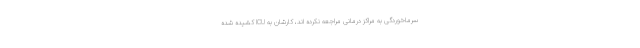
سرماخوردگی به مراکز درمانی مراجعه نکرده اند، کارشان به ICU کشیده شده